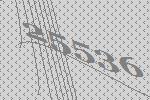
25536